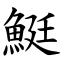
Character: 䱓